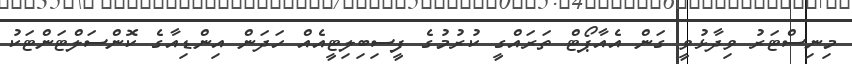
މިނިސްޓަރު ވިދާޅުވީ ގަން އެއާޕޯޓް ތަރައްގީ ކުރުމުގެ ފީސިބިލިޓީއެއް ހަދަން އިންޑިއާގެ ކޮންސަލްޓަންޓަކު